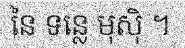
នៃ ទន្លេ មុស៊ិ ។